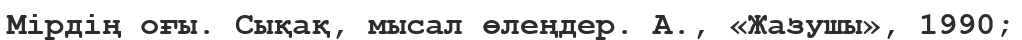
Мірдің оғы. Сықақ, мысал өлеңдер. А., «Жазушы», 1990;